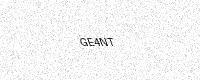
Text: GE4NT